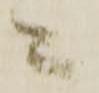
ニ